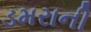
ડમરાની